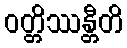
ဝတ္တိဿန္တီတိ